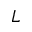
L